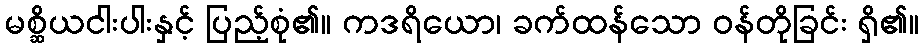
မစ္ဆိယငါးပါးနှင့် ပြည့်စုံ၏။ ကဒရိယော၊ ခက်ထန်သော ဝန်တိုခြင်း ရှိ၏။